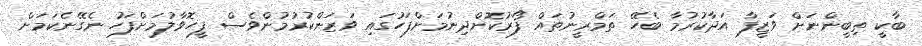
ބާކީ ތިބީންނަށް ވަޒީފާ އަދާކުރުމާ ބެހޭ ތަމްރީނުތައް ފޯރުކޮށްދިނުމަށްފަހުގައި ވަޒަންކުރުމުންވެސް ފީހޮވާލުމަށްފަހު ނެގޭނެކަމަށް